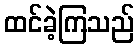
ထင်ခဲ့ကြသည်